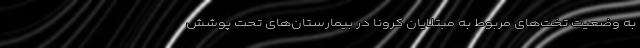
به وضعیت تخت‌های مربوط به مبتلایان کرونا در بیمارستان‌های تحت پوشش